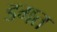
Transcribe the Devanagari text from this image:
डगत